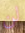
لن